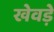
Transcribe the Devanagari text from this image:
खेवड़े